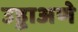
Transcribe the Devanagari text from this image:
उड्डाअणे